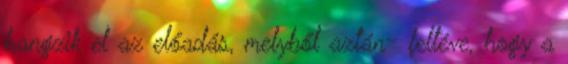
hangzik el az előadás, melyből aztán- feltéve, hogy a